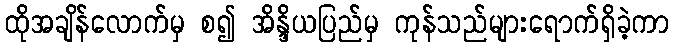
ထိုအချိန်လောက်မှ စ၍ အိန္ဒိယပြည်မှ ကုန်သည်များရောက်ရှိခဲ့ကာ